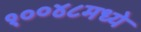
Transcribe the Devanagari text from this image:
१००४८मध्ये